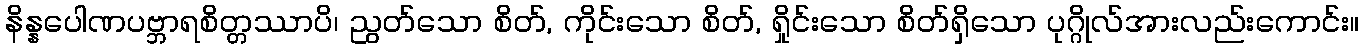
နိန္နပေါဏပဗ္ဘာရစိတ္တဿာပိ၊ ညွတ်သော စိတ်, ကိုင်းသော စိတ်, ရှိုင်းသော စိတ်ရှိသော ပုဂ္ဂိုလ်အားလည်းကောင်း။